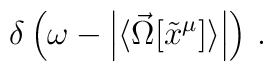
\delta\left(\omega - \left|\langle\vec\Omega[\tilde x^\mu]\rangle\right|\right) \,.